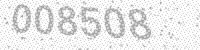
Solution: 008508